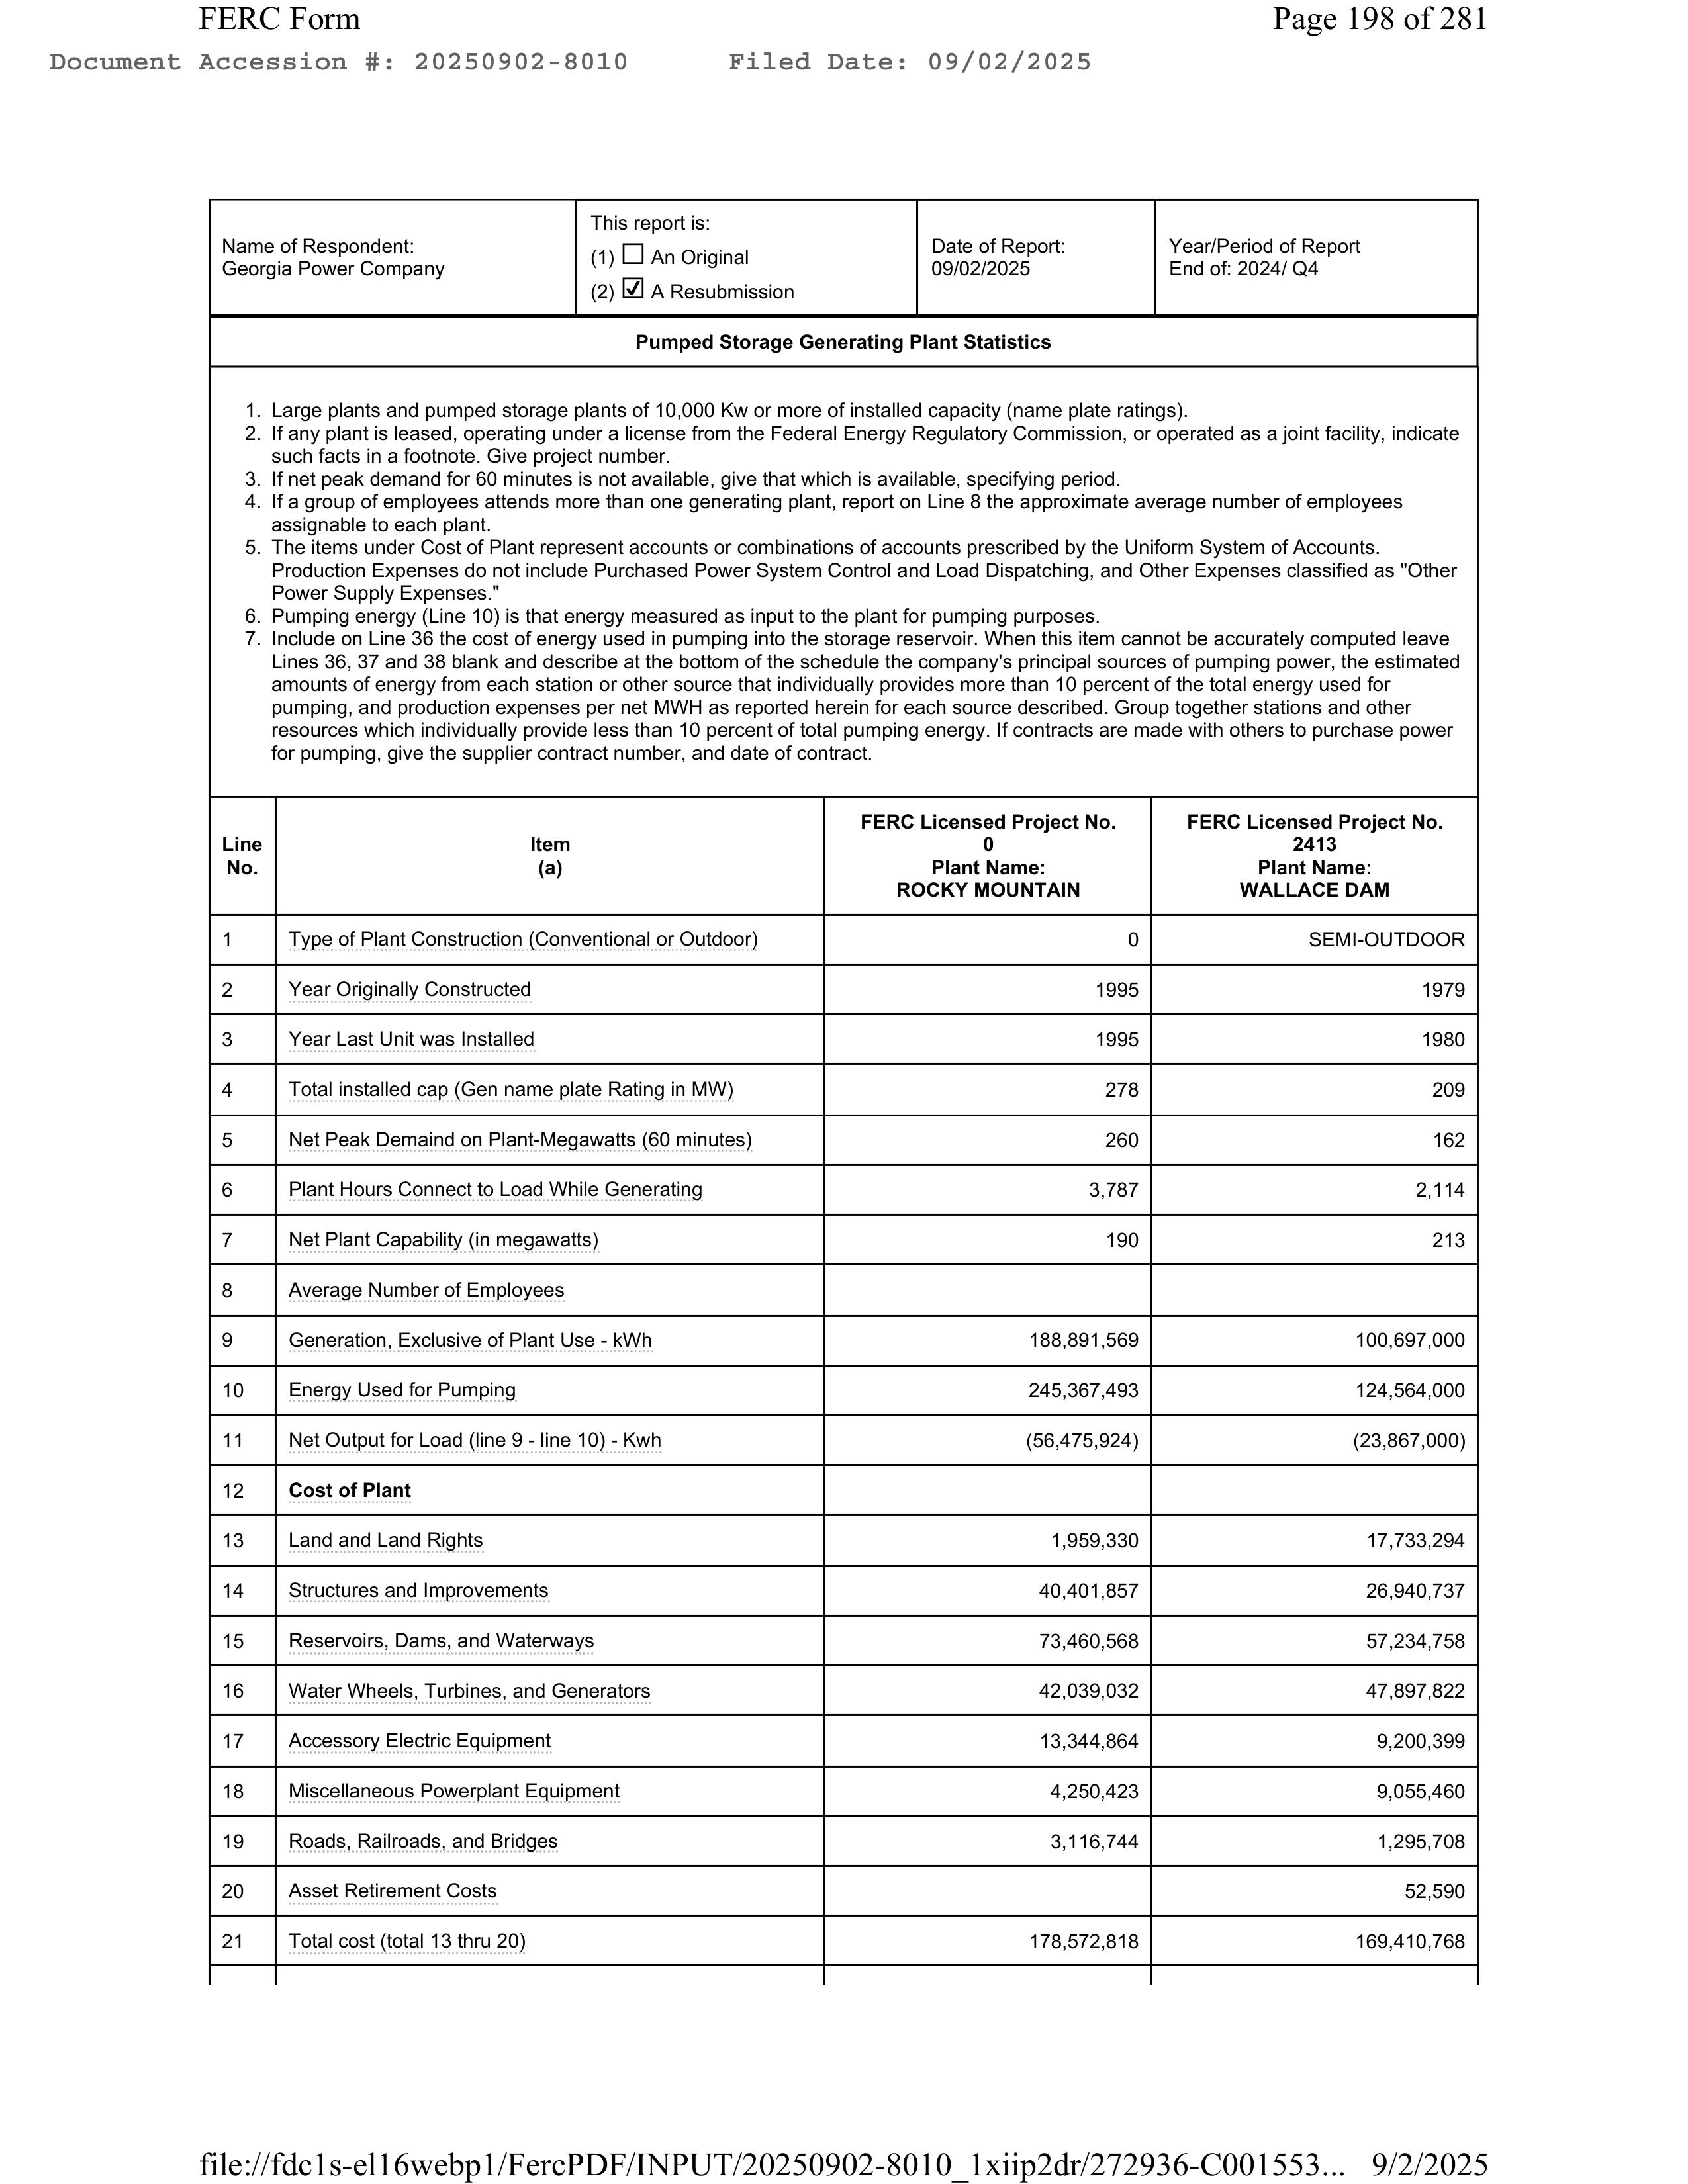
FERC Form                                                                                      Page 198 of 281
Document Accession #: 20250902-8010       Filed Date: 09/02/2025

                                                                            This report is:
Name of Respondent:                                                        (1) ☐ An Original
Georgia Power Company                                                      (2) ☑ A Resubmission                Date of Report          Year/Period of Report
                                                                                                               09/02/2025              End of: 2024/ Q4

                                                       Pumped Storage Generating Plant Statistics

1. Large plants and pumped storage plants of 10,000 Kw or more of installed capacity (name plate ratings).
2. If any plant is leased, operating under a license from the Federal Energy Regulatory Commission, or operated as a joint facility, indicate
   such facts in a footnote. Give project number.
3. If net peak demand for 60 minutes is not available, give that which is available, specifying period.
4. If a group of employees attends more than one generating plant, report on Line 8 the approximate average number of employees
   assignable to each plant.
5. The items under Cost of Plant represent accounts or combinations of accounts prescribed by the Uniform System of Accounts.
   Production Expenses do not include Purchased Power System Control and Load Dispatching, and Other Expenses classified as "Other
   Power Supply Expenses."
6. Pumping energy (Line 10) is that energy measured as input to the plant for pumping purposes.
7. Include on Line 36 the cost of energy used in pumping into the storage reservoir. When this item cannot be accurately computed leave
   Lines 36, 37 and 38 blank and describe at the bottom of the schedule the company's principal sources of pumping power, the estimated
   amounts of energy from each station or other source that individually provides more than 10 percent of the total energy used for
   pumping, and production expenses per net MWH as reported herein for each source described. Group together stations and other
   resources which individually provide less than 10 percent of total pumping energy. If contracts are made with others to purchase power
   for pumping, give the supplier contract number, and date of contract.

                                                                                           FERC Licensed Project No.         FERC Licensed Project No.
Line                                            Item                                                  0                              2413
No.                                              (a)                                               Plant Name:                       Plant Name:
                                                                                                ROCKY MOUNTAIN                     WALLACE DAM

1       Type of Plant Construction (Conventional or Outdoor)                                               0                         SEMI-OUTDOOR

2       Year Originally Constructed                                                                     1995                              1979

3       Year Last Unit was Installed                                                                    1995                              1980

4       Total installed cap (Gen name plate Rating in MW)                                                278                               209

5       Net Peak Demand on Plant-Megawatts (60 minutes)                                                  260                               162

6       Plant Hours Connect to Load While Generating                                                   3,787                             2,114

7       Net Plant Capability (in megawatts)                                                              190                               213

8       Average Number of Employees

9       Generation, Exclusive of Plant Use - kWh                                                   188,891,569                       100,697,000

10      Energy Used for Pumping                                                                    245,367,493                       124,564,000

11      Net Output for Load (line 9 - line 10) - Kwh                                              (56,475,924)                      (23,867,000)

12      Cost of Plant

13      Land and Land Rights                                                                        1,959,330                        17,733,294

14      Structures and Improvements                                                                40,401,857                        26,940,737

15      Reservoirs, Dams, and Waterways                                                            73,460,568                        57,234,758

16      Water Wheels, Turbines, and Generators                                                     42,039,032                        47,897,822

17      Accessory Electric Equipment                                                               13,344,864                         9,200,399

18      Miscellaneous Powerplant Equipment                                                          4,250,423                         9,055,460

19      Roads, Railroads, and Bridges                                                               3,116,744                         1,295,708

20      Asset Retirement Costs                                                                                                            52,590

21      Total cost (total 13 thru 20)                                                             178,572,818                       169,410,768

file://fdc1s-el16webp1/FercPDF/INPUT/20250902-8010_1xiip2dr/272936-C001553...  9/2/2025